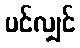
ပင်လျှင်